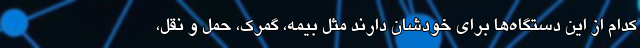
کدام از این دستگاه‌ها برای خودشان دارند مثل بیمه، گمرک، حمل و نقل،